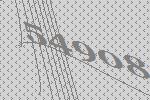
54908